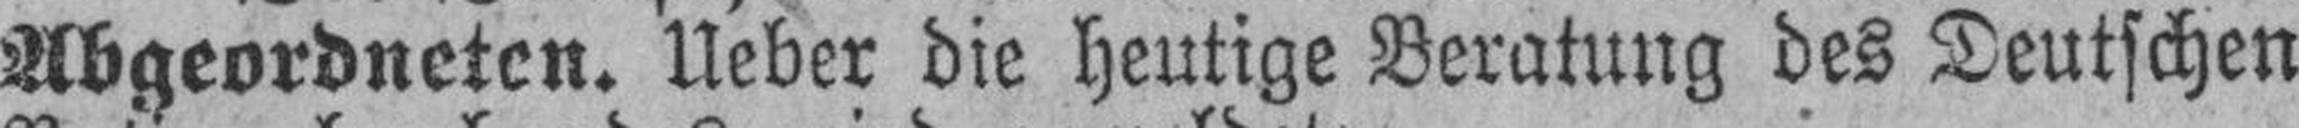
Abgeordneten. Ueber die heutige Beratung des Deutschen